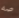
صه